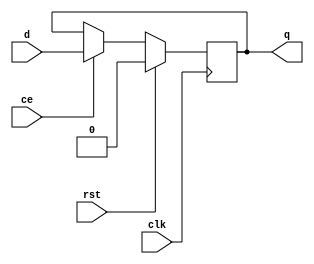

// --------------------------------------------------------------------
// >>>>>>>>>>>>>>>>>>>>>>>>> COPYRIGHT NOTICE <<<<<<<<<<<<<<<<<<<<<<<<<
// --------------------------------------------------------------------
// Copyright (c) 2019 by UCSD CSE 140L
// --------------------------------------------------------------------
//
// Permission:
//
//   This code for use in UCSD CSE 140L.
//   It is synthesisable for Lattice iCEstick 40HX.  
//
// Disclaimer:
//
//   This Verilog source code is intended as a design reference
//   which illustrates how these types of functions can be implemented.
//   It is the user's responsibility to verify their design for
//   consistency and functionality through the use of formal
//   verification methods.  
//
// -------------------------------------------------------------------- //           
//                     Lih-Feng Tsaur
//                     Bryan Chin
//                     UCSD CSE Department
//                     9500 Gilman Dr, La Jolla, CA 92093
//                     U.S.A
//
// --------------------------------------------------------------------

//
// rregce
//
// clock enabled register with reset
//
// load a new value if ce = 1 and rising edge of clock, else
// hold the old value.
//
//
module regrce #(parameter WIDTH = 1)
   (
    output reg [WIDTH-1:0] q,
    input wire [WIDTH-1:0] d,
    input wire		   ce,    //clock enable
    input wire         rst,   // synchronous reset
    input wire		   clk);

    always @(posedge clk) begin
        if (rst)
	        q <= {WIDTH{1'b0}};
        else begin
	    if (ce)
	        q <= d;
	    else
	        q <= q;
        end
    end

endmodule